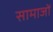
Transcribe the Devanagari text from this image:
सामाजों